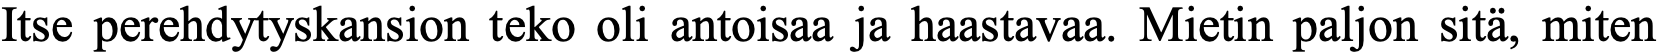
Itse perehdytyskansion teko oli antoisaa ja haastavaa. Mietin paljon sitä, miten